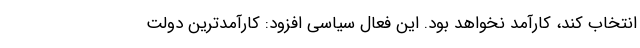
انتخاب کند، کارآمد نخواهد بود. این فعال سیاسی افزود: کارآمدترین دولت